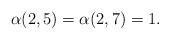
LaTeX: \begin{align*}\alpha(2,5)&=\alpha(2,7)=1.\end{align*}